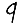
Digit: 9